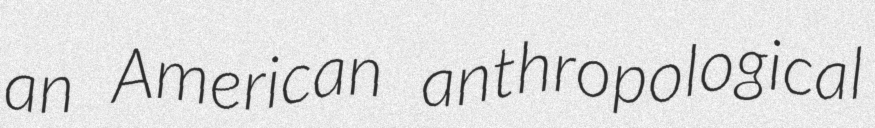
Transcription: an American anthropological